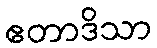
ဧတာဒိသာ